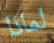
لماذا